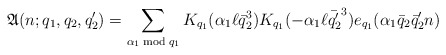
\begin{align*}\mathfrak{A}(n;q_1,q_2,q_2')=\sum_{\alpha_1\bmod{q_1}}K_{q_1}(\alpha_1\ell\bar{q}_2^3)K_{q_1}(-\alpha_1\ell\bar{q_2'}^3)e_{q_1}(\alpha_1 \bar{q}_2\bar{q}_2' n)\end{align*}